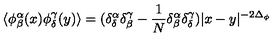
\langle \phi _ { \beta } ^ { \alpha } ( x ) \phi _ { \delta } ^ { \gamma } ( y ) \rangle = ( \delta _ { \delta } ^ { \alpha } \delta _ { \beta } ^ { \gamma } - \frac { 1 } { N } \delta _ { \beta } ^ { \alpha } \delta _ { \delta } ^ { \gamma } ) | x - y | ^ { - 2 \Delta _ { \phi } }